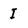
Character: I